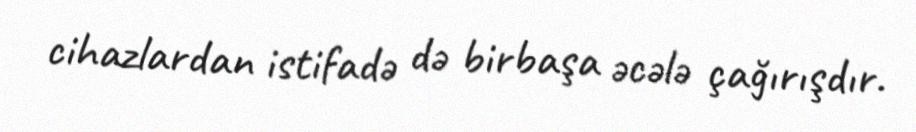
cihazlardan istifadə də birbaşa əcələ çağırışdır.